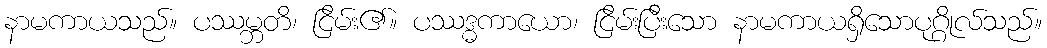
နာမကာယသည်။ ပဿမ္ဘတိ၊ ငြိမ်း၏။ ပဿဒ္ဓကာယော၊ ငြိမ်းပြီးသော နာမကာယရှိသောပုဂ္ဂိုလ်သည်။